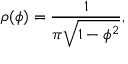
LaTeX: \rho ( \phi ) = \frac { 1 } { \pi \sqrt { 1 - \phi ^ { 2 } } } ,